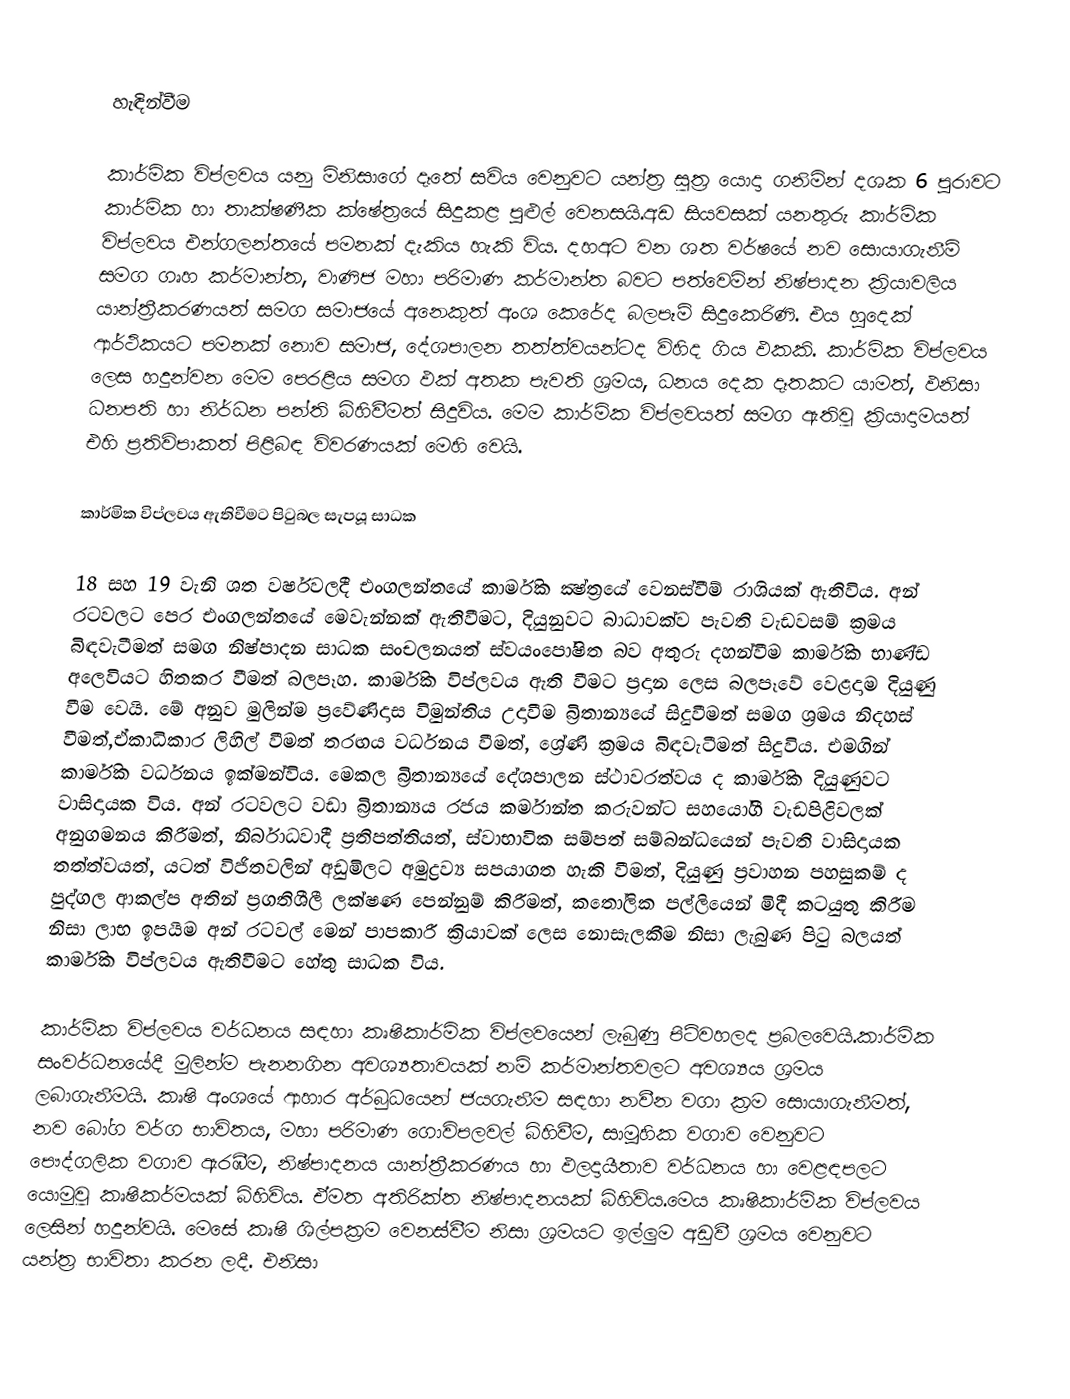

හැඳින්වීම

කාර්මික විප්ලවය යනු මිනිසාගේ දෑතේ සවිය වෙනුවට යන්ත්‍ර සූත්‍ර යොදා ගනිමින් දශක 6 පුරාවට කාර්මික හා තාක්ෂණීක ක්ෂේත්‍රයේ සිදුකළ පුළුල් වෙනසයි.අඩ සියවසක් යනතුරු කාර්මික විප්ලවය එන්ගලන්තයේ පමනක් දැකිය හැකි විය. දහඅට වන ශත වර්ෂයේ නව සොයාගැනීම් සමග ගෘහ කර්මාන්ත, වාණිජ මහා පරිමාණ කර්මාන්ත බවට පත්වෙමින් නිෂ්පාදන ක්‍රියාවලිය යාන්ත්‍රීකරණයත් සමග සමාජයේ අනෙකුත් අංශ කෙරේද බලපෑම් සිදුකෙරිණි. එය හුදෙක් ආර්ථිකයට පමනක් නොව සමාජ, දේශපාලන තත්ත්වයන්ටද විහිද ගිය ඵකකි. කාර්මික විප්ලවය ලෙස හදුන්වන මෙම පෙරළිය සමග ඵක් අතක පැවති ශ්‍රමය, ධනය දෙක දෑතකට යාමත්, ඵනිසා ධනපති හා නිර්ධන පන්ති බිහිවීමත් සිදුවිය. මෙම කාර්මික විප්ලවයත් සමග ඇතිවූ ක්‍රියාදාමයත් එහි ප්‍රතිවිපාකත් පිළිබඳ විවරණයක් මෙහි වෙයි.

කාර්මික විප්ලවය ඇතිවීමට පිටුබල සැපයූ සාධක

18 සහ 19 වැනි ශත වර්ෂවලදී එංගලන්තයේ කාර්මික ක්‍ෂ්ත්‍රයේ වෙනස්වීම් රාශියක් ඇතිවිය. අන් රටවලට පෙර එංගලන්තයේ ‍මෙවැන්නක් ඇතිවීමට, දියුනුවට බාධාවක්ව පැවති වැඩවසම් ක්‍රමය බිඳවැටීමත් සමග නිෂ්පාදන සාධක සංචලනයත් ස්වයංපෝෂිත බව අතුරු දහන්වීම කාර්මික භාණ්ඩ අලෙවියට හිතකර වීමත් බලපෑහ. කාර්මික විප්ලවය ඇති වීමට ප්‍රදාන ලෙස බලපෑවේ වෙළදාම දියුණු වීම වෙයි. මේ අනුව මුලින්ම ප්‍රවේණිදාස විමුන්තිය උදාවීම බ්‍රිතාන්‍යයේ සිදුවීමත් සමග ශ්‍රමය නිදහස් වීමත්,ඒකාධිකාර ලිහිල් වීමත් තරඟය වර්ධනය වීමත්, ‍ශ්‍රේණි ක්‍රමය බිඳවැටීමත් සිදුවිය. එමගින් කාර්මික වර්ධනය ඉක්මන්විය. මෙකල බ්‍රිතාන්‍යයේ දේශපාලන ස්ථාවරත්වය ද කාර්මික දියුණුවට වාසිදායක විය. අන් රටවලට වඩා බ්‍රිතාන්‍යය රජය කර්මාන්ත කරුවන්ට සහයෝගී වැඩපිළිවලක් අනුගමනය කිරීමත්, නිර්බාධවාදී ප්‍රතිපත්තියත්, ස්වාභාවික සම්පත් සම්බන්ධයෙන් පැවති වාසිදායක තත්ත්වයත්, යටත් විජිතවලින් අඩුමිලට අමුද්‍රව්‍ය සපයාගත හැකි වීමත්, දියුණු ප්‍රවාහන පහසුකම් ද පුද්ගල ආකල්ප අතින් ප්‍රගතිශීලී ලක්ෂණ පෙන්නුම් කිරීමත්, කතෝලික පල්ලියෙන් මිදී කටයුතු කිරීම නිසා ලාභ ඉපයීම අන් රටවල් මෙන් පාපකාරී ක්‍රියාවක් ලෙස නොසැලකීම නිසා ලැබුණ පිටු බලයත් කාර්මික විප්ලවය ඇතිවීමට හේතු සාධක විය.

කාර්මික විප්ලවය වර්ධනය සඳහා කෘෂිකාර්මික විප්ලව‍යෙන් ලැබුණු පිටිවහලද ප්‍රබලවෙයි.කාර්මික සංවර්ධනයේදී මුලින්ම පැනනගින අවශ්‍යතාවයක් නම් කර්මාන්තවලට අවශ්‍යය ශ්‍රමය ලබාගැනීමයි. කෘෂි අංශයේ ආහාර අර්බුධ‍යෙන් ජයගැනීම සඳහා නවීන වගා ක්‍රම සොයාගැනීමත්, නව ‍බෝග වර්ග භාවිතය, මහා පරිමාණ ගොවිපලවල් බිහිවීම, සාමූහික වගාව වෙනුවට පෞද්ගලික වගාව ඇරඹීම, නිෂ්පාදනය යාන්ත්‍රීකරණය හා ඵලදායීතාව වර්ධනය හා වෙළඳපලට යොමුවූ කෘෂිකර්මයක් බිහිවිය. ඒමත අතිරික්ත නිෂ්පාදනයක් බිහිවිය.මෙය කෘෂිකාර්මික විප්ලවය ලෙසින් හදුන්වයි. මෙසේ කෘෂි ශිල්පක්‍රම වෙනස්වීම නිසා ශ්‍රමයට ඉල්ලුම අඩුවී ශ්‍රමය වෙනුවට යන්ත්‍ර භාවිතා කරන ලදී. එනිසා